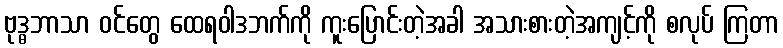
ဗုဒ္ဓဘာသာ ဝင်တွေ ထေရဝါဒဘက်ကို ကူးပြောင်းတဲ့အခါ အသားစားတဲ့အကျင့်ကို စလုပ် ကြတာ